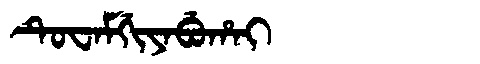
Manchu: ᡨᡠᠸᠠᠮᡤᡳᠶᠠᠪᡠᡥᠠᡳ
Romanization: TUWAMGIYABUHAI